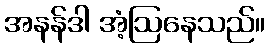
အနန်ဒါ အံ့ဩနေသည်။